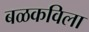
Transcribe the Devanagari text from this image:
बळकविला